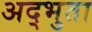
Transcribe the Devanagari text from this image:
अद्भुता